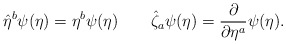
\begin{align*}\hat{\eta}^b\psi(\eta)=\eta^b\psi(\eta)\qquad\hat{\zeta}_a\psi(\eta)=\frac{\partial}{\partial\eta^a}\psi(\eta).\end{align*}